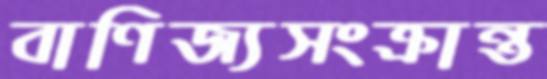
বাণিজ্যসংক্রান্ত